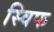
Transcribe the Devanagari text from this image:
स्विफ